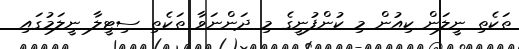
ތަކެތި ނީލަން ކިއުން މި ކުންފުނީގެ މި ދަންނަވާ ތަކެތި ސިޓީލާ ނީލަމުގައި